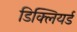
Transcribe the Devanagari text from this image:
डिक्लियर्ड